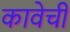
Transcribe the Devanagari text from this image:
कावेची